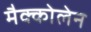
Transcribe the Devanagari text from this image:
मैक्कोलेन